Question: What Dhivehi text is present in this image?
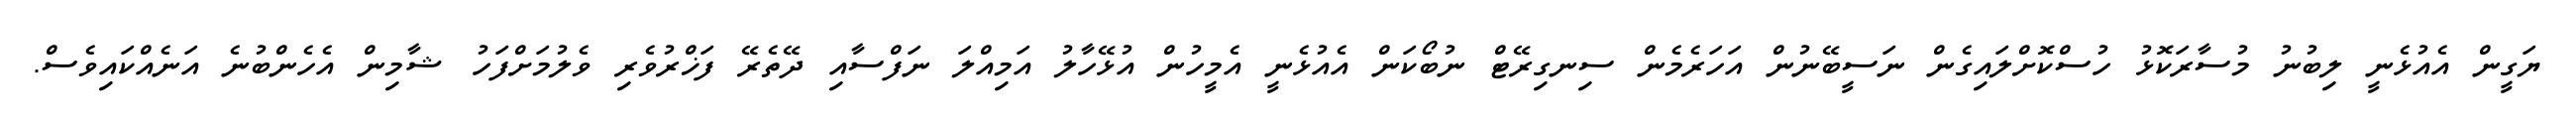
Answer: ޔަގީން އެއުޅެނީ ލިބުނު މުސާރަކޮޅު ހުސްކޮށްލައިގެން ނަސީބޭނުން އަހަރެމެން ސިނގިރޭޓް ނުބޯކަން އެއުޅެނީ އެމީހުން އުޅޭހާލު އަމިއްލަ ނަފްސާއި ދޭތެރޭ ފަޚްރުވެރި ވެލުމަށްފަހު ޝާމިން އެހެންބުނެ އަނެއްކައިވެސް.